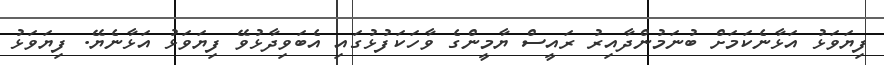
ފިޔަވަޅު އަޅާނެކަމަށް ބުނަމުންދާއިރު ރައީސް ޔާމީންގެ ވާހަކަފުޅުގައި އެބަވިދާޅުވޭ ފިޔަވަޅު އަޅާނެޔޭ. ފިޔަވަޅު